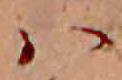
ハ